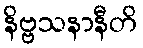
နိဗ္ဗသနာနီတိ